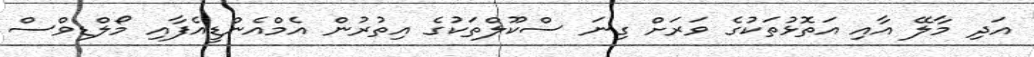
އަދި މާލޭ އާއި އަތޮޅުތަކުގެ ވަރަށް ގިނަ ސްކޫލްތަކުގެ އިތުރުން އެމްއެންޑީއެފާއި މޯލްޑިވްސް